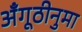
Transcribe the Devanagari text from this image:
अँगूठीनुमा